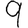
Digit: 9